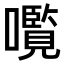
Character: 𫬠